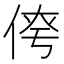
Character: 𪝄